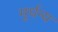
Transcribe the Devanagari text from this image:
मूर्धन्‍य